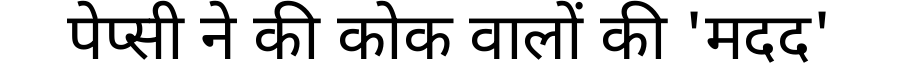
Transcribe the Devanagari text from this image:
पेप्सी ने की कोक वालों की 'मदद'